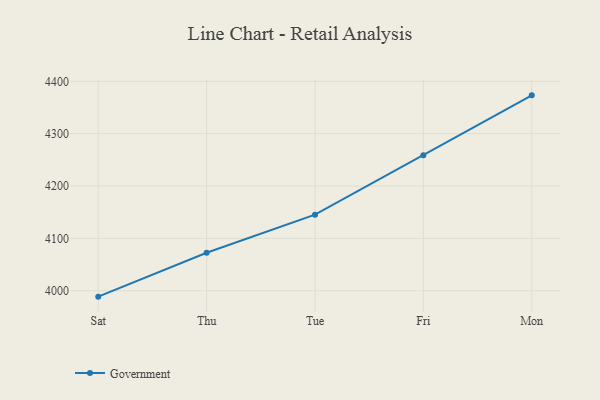
{"axis": {"x": "Day", "y": "Revenue (USD Million)"}, "legend": ["Government"], "data": [{"x": "Sat", "y": 3988.8, "type": "Government"}, {"x": "Thu", "y": 4072.6, "type": "Government"}, {"x": "Tue", "y": 4145.4, "type": "Government"}, {"x": "Fri", "y": 4259.0, "type": "Government"}, {"x": "Mon", "y": 4373.2, "type": "Government"}]}